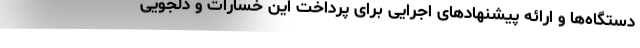
دستگاه‌ها و ارائه پیشنهاد‌های اجرایی برای پرداخت این خسارات و دلجویی